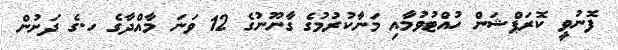
ފޮނުވީ ކޮރަޕްޝަން ހުއްޓުވުމާއި މަނާކުރުމުގެ ގާނޫނުގެ 12 ވަނަ މާއްދާގެ ހ.ގެ ދަށުން